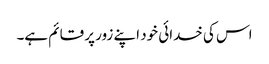
اس کی خدائی خود اپنے زور پر قائم ہے۔